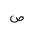
Letter: _sad